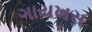
ગાયખસ